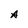
Character: A